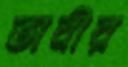
ভাবীর